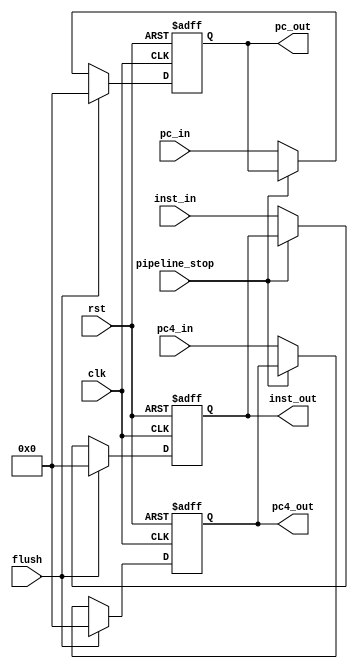
module REG_IF_ID (
    input wire        clk,
    input wire        rst,
    
    //
    input  wire       pipeline_stop,
    input  wire       flush,

    //
    input wire [31:0] pc_in,
    input wire [31:0] pc4_in,
    input wire [31:0] inst_in,
    output reg [31:0] pc_out,
    output reg [31:0] pc4_out,
    output reg [31:0] inst_out
);

    always @ (posedge clk or posedge rst) begin
        if (rst)                    pc_out <= 32'b0;
        else if (flush)             pc_out <= 32'b0;
        else if (pipeline_stop)     pc_out <= pc_out;
        else                        pc_out <= pc_in;
    end

    always @ (posedge clk or posedge rst) begin
        if (rst)                    pc4_out <= 32'b0;
        else if (flush)             pc4_out <= 32'b0;
        else if (pipeline_stop)     pc4_out <= pc4_out;
        else                        pc4_out <= pc4_in;
    end

    always @ (posedge clk or posedge rst) begin
        if (rst)                    inst_out <= 32'b0;
        else if (flush)             inst_out <= 32'b0;
        else if (pipeline_stop)     inst_out <= inst_out;
        else                        inst_out <= inst_in;
    end

endmodule